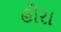
હોરા